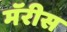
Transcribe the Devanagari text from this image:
मॅरीस